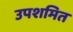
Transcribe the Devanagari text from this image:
उपशमित